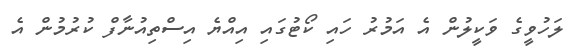
ލަހުވީގެ ވަކީލުން އެ އަމުރު ހައި ކޯޓުގައި އިއްޔެ އިސްތިއުނާފް ކުރުމުން އެ